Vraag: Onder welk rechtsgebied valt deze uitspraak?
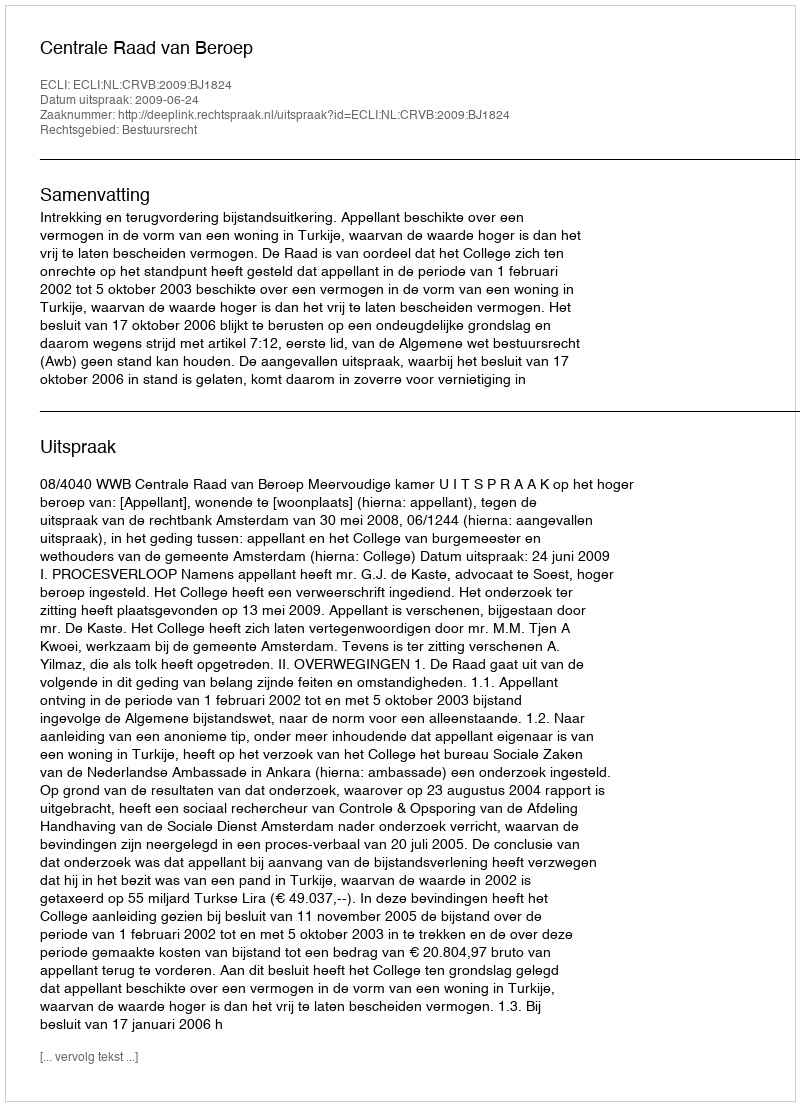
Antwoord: Bestuursrecht